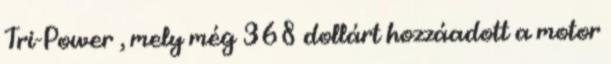
Tri-Power , mely még 368 dollárt hozzáadott a motor